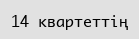
14 квартеттің